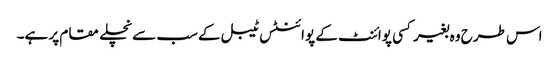
اس طرح وہ بغیر کسی پوائنٹ کے پوائنٹس ٹیبل کے سب سے نچلے مقام پر ہے۔